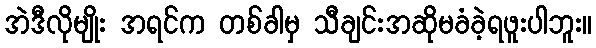
အဲဒီလိုမျိုး အရင်က တစ်ခါမှ သီချင်းအဆိုမခံခဲ့ရဖူးပါဘူး။